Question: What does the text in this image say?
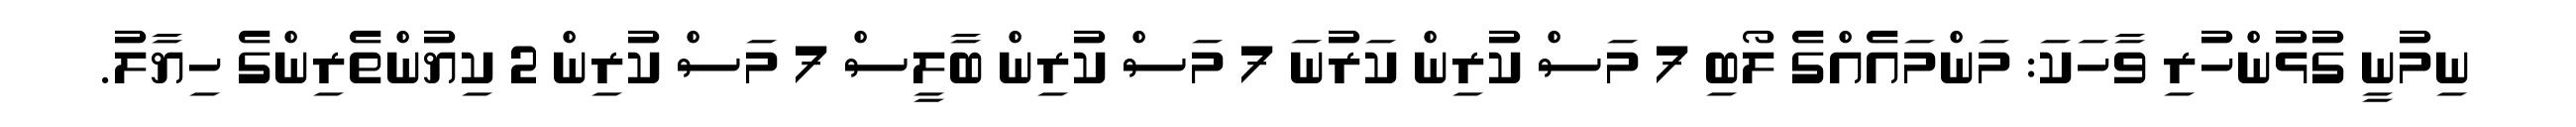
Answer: ނިމުނީ ގުޅުންހުރި ވާހަކަ: މަންމައެއްގެ ލޯބި 7 މަސް ކުރިން ކަރުނަ 7 މަސް ކުރިން ބާލީސް 7 މަސް ކުރިން 2 ކިޔުންތެރިންގެ ހިޔާލު.